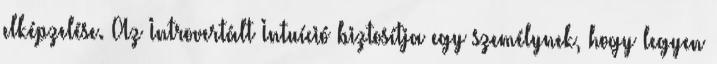
elképzelése. Az Introvertált Intuíció biztosítja egy személynek, hogy legyen